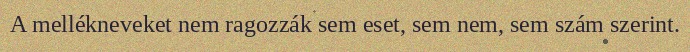
A mellékneveket nem ragozzák sem eset, sem nem, sem szám szerint.